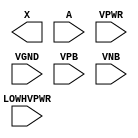
module sky130_fd_sc_hvl__lsbufhv2hv_lh (
    X       ,
    A       ,
    VPWR    ,
    VGND    ,
    LOWHVPWR,
    VPB     ,
    VNB
);

    output X       ;
    input  A       ;
    input  VPWR    ;
    input  VGND    ;
    input  LOWHVPWR;
    input  VPB     ;
    input  VNB     ;
endmodule